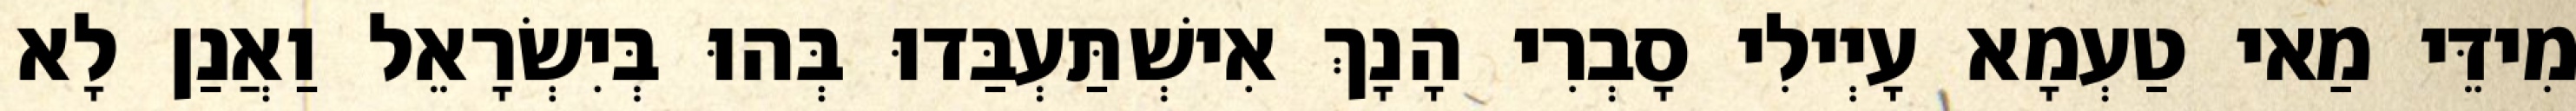
מִידֵּי מַאי טַעְמָא עָיְילִי סָבְרִי הָנָךְ אִישְׁתַּעְבַּדוּ בְּהוּ בְּיִשְׂרָאֵל וַאֲנַן לָא